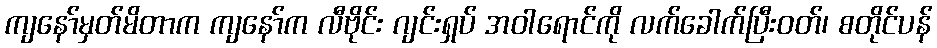
ကျနော်မှတ်မိတာက ကျနော်က လီဗိုင်း ဂျင်းရှပ် အဝါရောင်ကို လက်ခေါက်ပြီးဝတ်၊ စတိုင်ပန်